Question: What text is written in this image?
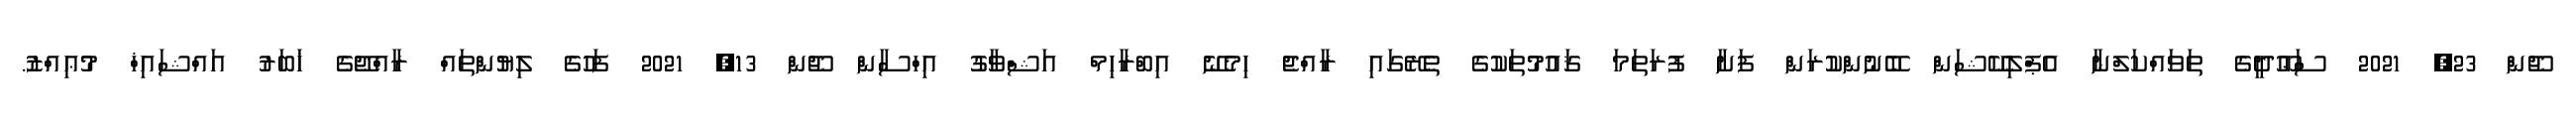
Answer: ޖޫން 23, 2021 ސަޢޫދީގެ ތަވައްކަލްނާ އެޕްލިކޭޝަން ބޭނުންކުރަން ފަށާ ފުރަތަމަ ޤައުމުތަކުގެ ތެރޭގައި ރާއްޖެ ހިމެނޭ އިބްރާހިމް އަޝްވާގު އިހްސާން ޖޫން 13, 2021 ފަހުގެ ލިޔުންތައް ރާއްޖޭގެ ޚަބަރު އައްޝައިޚް މުޢިއްޒު.